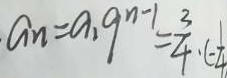
a _ { n } = a _ { 1 } 9 ^ { n - 1 } = \frac { 3 } { 4 } \cdot ( - \frac { 1 } { 4 }